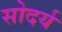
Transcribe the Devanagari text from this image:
सोदर्य